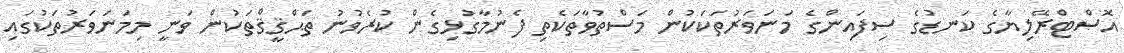
އޮސްޓްރޭލިޔާގެ ކަނޑުގެ ސިފައިންގެ މަނަވަރުތަކަކުން މަސްތުވާތަކެތި ފެނުމާގުޅިގެން ކުރެވުނު ތަޙްޤީޤްތަކުން ވަނީ މިމަނަވަރުތަކުގައި